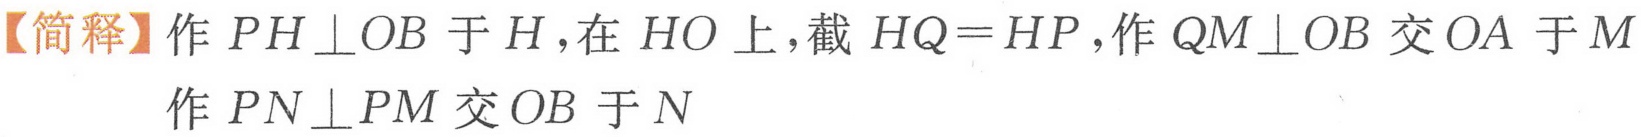
【简释】作\(PH\perp OB\)于\(H\)，在\(HO\)上，截\(HQ = HP\)，作\(QM\perp OB\)交\(OA\)于\(M\)
作\(PN\perp PM\)交\(OB\)于\(N\)